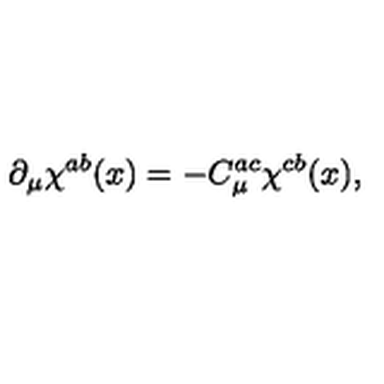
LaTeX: \partial _ { \mu } \chi ^ { a b } ( x ) = - C _ { \mu } ^ { a c } \chi ^ { c b } ( x ) ,